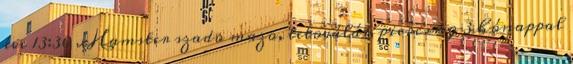
éve 13:30 xHamster szado mazo, tetoválás, piercing 3 hónappal